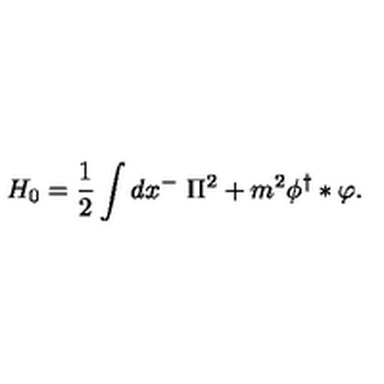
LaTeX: H _ { 0 } = \frac 1 2 \int d x ^ { - } \ \Pi ^ { 2 } + m ^ { 2 } \phi ^ { \dag } \ast \varphi .